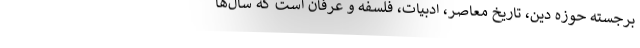
برجسته حوزه دین، تاریخ معاصر، ادبیات، فلسفه و عرفان است که سال‌ها